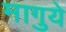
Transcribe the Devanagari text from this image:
मागुये